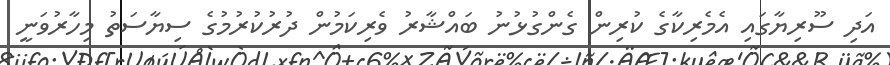
އަދި ސޫރިޔާގައި އެމެރިކާގެ ކުރިން ގެންގުޅުނު ބައްޝާރު ވެރިކަމުން ދުރުކުރުމުގެ ސިޔާސަތު މިހާރުވަނީ